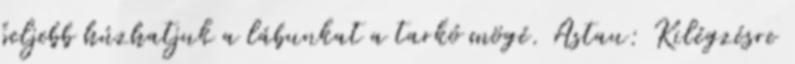
beljebb húzhatjuk a lábunkat a tarkó mögé. Astau: Kilégzésre